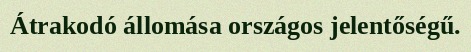
Átrakodó állomása országos jelentőségű.